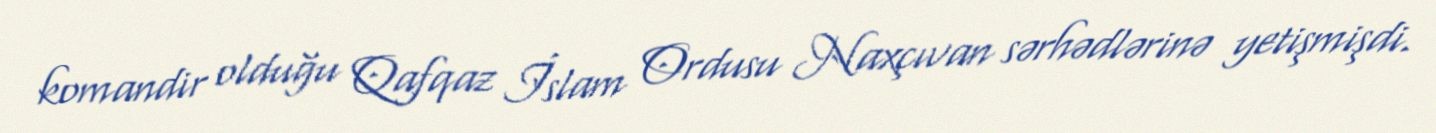
komandir olduğu Qafqaz İslam Ordusu Naxçıvan sərhədlərinə yetişmişdi.